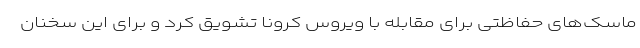
ماسک‌های حفاظتی برای مقابله با ویروس کرونا تشویق کرد و برای این سخنان